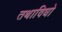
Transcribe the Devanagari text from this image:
तथाविधो